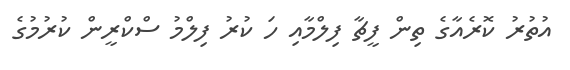
އުތުރު ކޮރެއާގެ ތިން ފީޗާ ފިލްމާއި ހަ ކުރު ފިލްމު ސްކްރީން ކުރުމުގެ